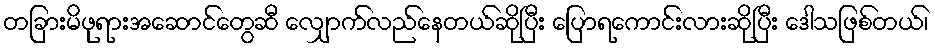
တခြားမိဖုရားအဆောင်တွေဆီ လျှောက်လည်နေတယ်ဆိုပြီး ပြောရကောင်းလားဆိုပြီး ဒေါသဖြစ်တယ်၊